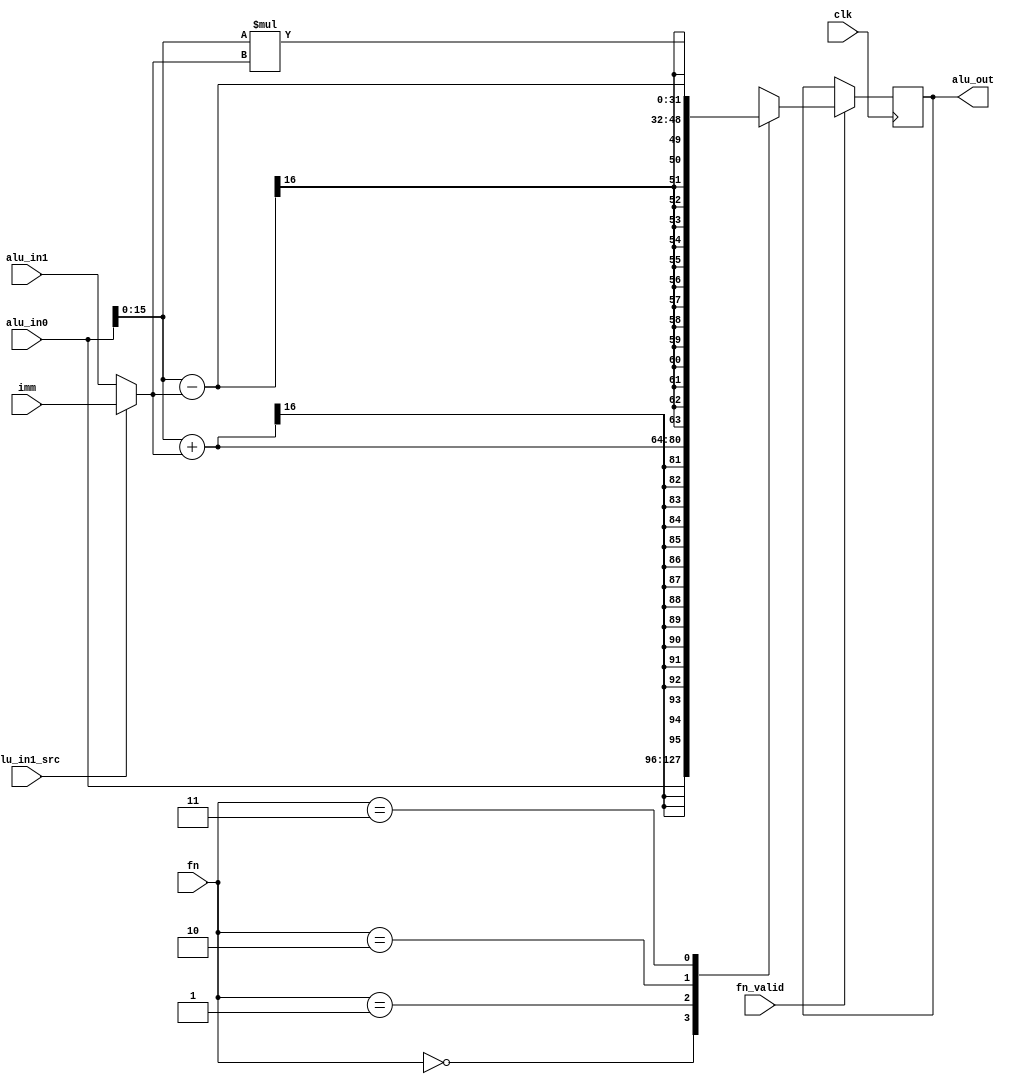
`timescale 1ns / 1ps
module pu_alu #(
    parameter integer  DATA_WIDTH                   = 16,
    parameter integer  ACC_DATA_WIDTH               = 32,
    parameter integer  IMM_WIDTH                    = 16,
    parameter integer  FN_WIDTH                     = 2
) (
    input  wire                                         clk,
    input  wire                                         fn_valid,
    input  wire  [ FN_WIDTH             -1 : 0 ]        fn,
    input  wire  [ IMM_WIDTH            -1 : 0 ]        imm,
    input  wire  [ ACC_DATA_WIDTH       -1 : 0 ]        alu_in0,
    input  wire                                         alu_in1_src,
    input  wire  [ DATA_WIDTH           -1 : 0 ]        alu_in1,
    output wire  [ ACC_DATA_WIDTH       -1 : 0 ]        alu_out
);

    reg  signed [ ACC_DATA_WIDTH           -1 : 0 ]        alu_out_d;
    reg  signed [ ACC_DATA_WIDTH           -1 : 0 ]        alu_out_q;

  // Instruction types
    localparam integer  FN_NOP                       = 0;
    localparam integer  FN_ADD                       = 1;
    localparam integer  FN_SUB                       = 2;
    localparam integer  FN_MUL                       = 3;
    localparam integer  FN_MVHI                      = 4;

    localparam integer  FN_MAX                       = 5;
    localparam integer  FN_MIN                       = 6;

    localparam integer  FN_RSHIFT                    = 7;

    wire signed [ DATA_WIDTH           -1 : 0 ]        _alu_in1;
    wire signed [ DATA_WIDTH           -1 : 0 ]        _alu_in0;

    wire signed[ ACC_DATA_WIDTH           -1 : 0 ]        add_out;
    wire signed[ ACC_DATA_WIDTH           -1 : 0 ]        sub_out;
    wire signed[ ACC_DATA_WIDTH           -1 : 0 ]        mul_out;
    wire signed[ ACC_DATA_WIDTH           -1 : 0 ]        max_out;
    wire signed[ ACC_DATA_WIDTH           -1 : 0 ]        min_out;
    wire signed[ ACC_DATA_WIDTH           -1 : 0 ]        rshift_out;
    wire signed[ ACC_DATA_WIDTH       -1 : 0 ]        _rshift_out;
    wire [ DATA_WIDTH           -1 : 0 ]        mvhi_out;
    wire                                        gt_out;

    wire [ 5                    -1 : 0 ]        shift_amount;

    assign _alu_in1 = alu_in1_src ? imm : alu_in1;
    assign _alu_in0 = alu_in0;
    assign add_out = _alu_in0 + _alu_in1;
    assign sub_out = _alu_in0 - _alu_in1;
    assign mul_out = _alu_in0 * _alu_in1;
    assign gt_out = _alu_in0 > _alu_in1;
    assign max_out = gt_out ? _alu_in0 : _alu_in1;
    assign min_out = ~gt_out ? _alu_in0 : _alu_in1;
    assign mvhi_out = {imm, 16'b0};

    assign shift_amount = _alu_in1;
    assign _rshift_out = $signed(alu_in0) >>> shift_amount;

    wire signed [ DATA_WIDTH           -1 : 0 ]        _max;
    wire signed [ DATA_WIDTH           -1 : 0 ]        _min;
    wire                                        overflow;
    wire                                        sign;

    assign overflow = (_rshift_out > _max) || (_rshift_out < _min);
    assign sign = $signed(alu_in0) < 0;

    assign _max = (1 << (DATA_WIDTH - 1)) - 1;
    assign _min = -(1 << (DATA_WIDTH - 1));

    assign rshift_out = overflow ? sign ? _min : _max : _rshift_out;

  always @(*)
  begin
    case (fn)
      FN_NOP: alu_out_d = alu_in0;
      FN_ADD: alu_out_d = add_out;
      FN_SUB: alu_out_d = sub_out;
      FN_MUL: alu_out_d = mul_out;
      FN_MVHI: alu_out_d = mvhi_out;
      FN_MAX: alu_out_d = max_out;
      FN_MIN: alu_out_d = min_out;
      FN_RSHIFT: alu_out_d = rshift_out;
      default: alu_out_d = 'bx;
    endcase
  end

  always @(posedge clk)
  begin
    if (fn_valid)
      alu_out_q <= alu_out_d;
  end

    assign alu_out = alu_out_q;

endmodule